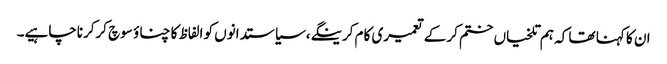
ان کا کہنا تھا کہ ہم تلخیاں ختم کرکے تعمیری کام کرینگے،سیاستدانوں کو الفاظ کا چناؤ سوچ کرکرناچاہیے۔